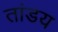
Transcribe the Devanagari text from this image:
तांडय